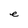
Character: e